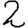
Digit: 2